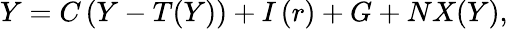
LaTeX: Y=C\left({Y}-{T(Y)}\right)+I\left({r}\right)+G+NX(Y),